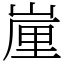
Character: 𡺉